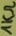
Text: 1KΩ